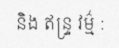
និង ឥន្ទ្រ វម៌្ម :